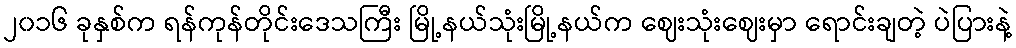
၂၀၁၆ ခုနှစ်က ရန်ကုန်တိုင်းဒေသကြီး မြို့နယ်သုံးမြို့နယ်က ဈေးသုံးဈေးမှာ ရောင်းချတဲ့ ပဲပြားနဲ့